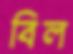
বিল